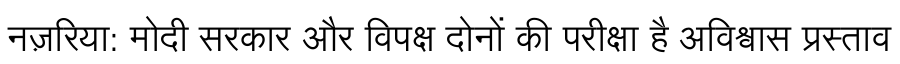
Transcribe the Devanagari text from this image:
नज़रिया: मोदी सरकार और विपक्ष दोनों की परीक्षा है अविश्वास प्रस्ताव